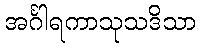
အင်္ဂါရကာသုသဒိသာ